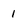
Character: 1